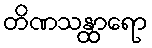
တိဏသန္ထာရော